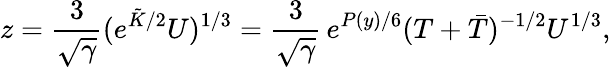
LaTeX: z=\frac{3}{\sqrt{\gamma}}(e^{\tilde{K}/2}U)^{1/3}=\frac{3}{\sqrt{\gamma}}\, e^{P(y)/6}(T+\bar{T})^{-1/2}U^{1/3},